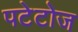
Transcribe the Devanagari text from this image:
पटेटोज